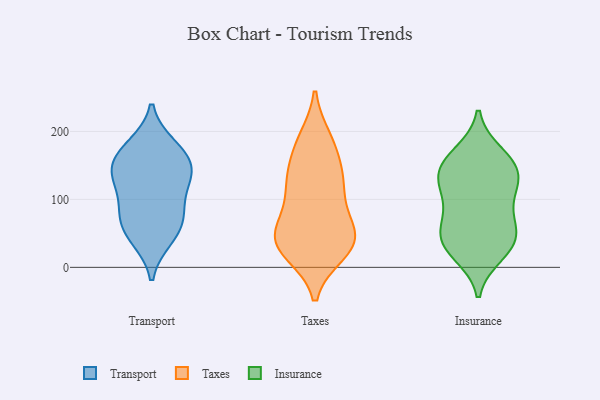
{"axis": {"x": "Population (Million)", "y": "Value"}, "legend": ["Insurance", "Taxes", "Transport"], "data": [{"x": "", "y": 179, "type": "Transport"}, {"x": "", "y": 161, "type": "Transport"}, {"x": "", "y": 76, "type": "Transport"}, {"x": "", "y": 146, "type": "Transport"}, {"x": "", "y": 176, "type": "Transport"}, {"x": "", "y": 133, "type": "Transport"}, {"x": "", "y": 78, "type": "Transport"}, {"x": "", "y": 143, "type": "Transport"}, {"x": "", "y": 42, "type": "Transport"}, {"x": "", "y": 131, "type": "Transport"}, {"x": "", "y": 108, "type": "Transport"}, {"x": "", "y": 45, "type": "Transport"}, {"x": "", "y": 71, "type": "Transport"}, {"x": "", "y": 59, "type": "Taxes"}, {"x": "", "y": 38, "type": "Taxes"}, {"x": "", "y": 125, "type": "Taxes"}, {"x": "", "y": 147, "type": "Taxes"}, {"x": "", "y": 188, "type": "Taxes"}, {"x": "", "y": 21, "type": "Taxes"}, {"x": "", "y": 29, "type": "Taxes"}, {"x": "", "y": 189, "type": "Taxes"}, {"x": "", "y": 130, "type": "Taxes"}, {"x": "", "y": 83, "type": "Taxes"}, {"x": "", "y": 33, "type": "Taxes"}, {"x": "", "y": 120, "type": "Taxes"}, {"x": "", "y": 57, "type": "Taxes"}, {"x": "", "y": 45, "type": "Taxes"}, {"x": "", "y": 111, "type": "Taxes"}, {"x": "", "y": 49, "type": "Taxes"}, {"x": "", "y": 22, "type": "Taxes"}, {"x": "", "y": 172, "type": "Taxes"}, {"x": "", "y": 32, "type": "Insurance"}, {"x": "", "y": 110, "type": "Insurance"}, {"x": "", "y": 124, "type": "Insurance"}, {"x": "", "y": 20, "type": "Insurance"}, {"x": "", "y": 167, "type": "Insurance"}, {"x": "", "y": 49, "type": "Insurance"}, {"x": "", "y": 42, "type": "Insurance"}, {"x": "", "y": 139, "type": "Insurance"}, {"x": "", "y": 160, "type": "Insurance"}, {"x": "", "y": 143, "type": "Insurance"}, {"x": "", "y": 31, "type": "Insurance"}, {"x": "", "y": 105, "type": "Insurance"}, {"x": "", "y": 68, "type": "Insurance"}, {"x": "", "y": 69, "type": "Insurance"}, {"x": "", "y": 144, "type": "Insurance"}]}